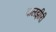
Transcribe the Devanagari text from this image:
वालझीरी